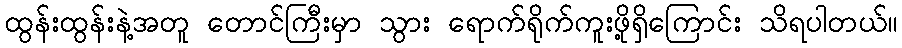
ထွန်းထွန်းနဲ့အတူ တောင်ကြီးမှာ သွား ရောက်ရိုက်ကူးဖို့ရှိကြောင်း သိရပါတယ်။